Vaccination in Bombay 1869-1873 - 1869-1873
Year: 1869
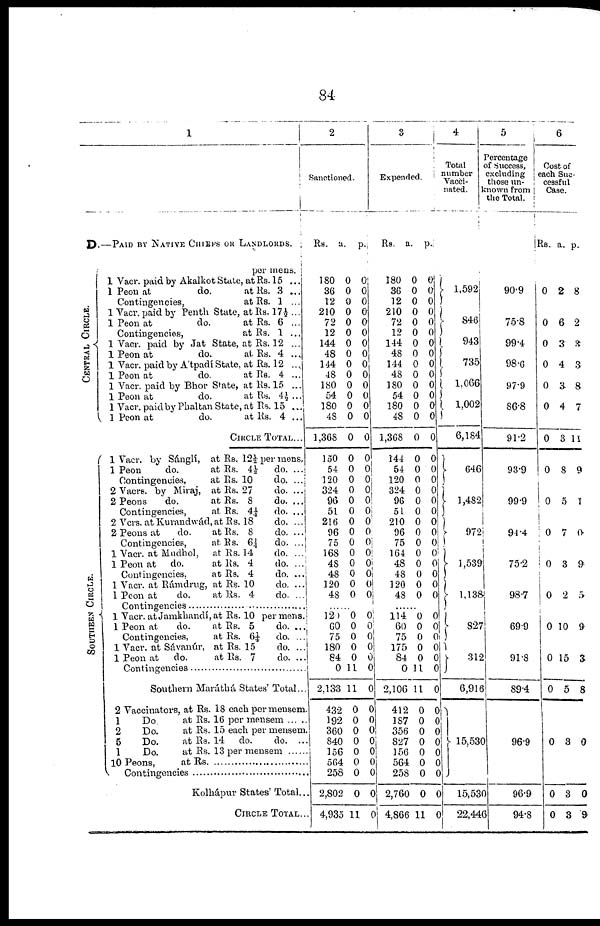
84
1
D.—PAID BY NATIVE CHIEFS OR LANDLORDS.
CENTRAL CIRCLE.
SOUTHERN CIRCLE.
1
1
1
1
1
1
1
1
1
1
1
1
1
1
2
2
2
2
1
1
1
1
1
1
1
1
2
1
2
5
1
10
per mens.
Vacr. paid by Akalkot State, at Rs. 15 ...
Peon at
do.
at Rs. 3 ...
Contingencies,
at Rs. 1 ...
Vacr. paid by Penth State, at Rs. 17½ ...
Peon at
do.
at Rs. 6 ...
Contingencies,
at Rs. 1 ...
Vacr. paid by Jat State, at Rs. 12 ...
Peon at
do.
at Rs. 4 ...
Vacr. paid by A'tpadí State, at Rs. 12
Peon at
do.
at Rs. 4 ...
Vacr. paid by Bhor State, at Rs. 15 ...
Peon at
do.
at Rs. 4½ ...
Vacr. paid by Phaltan State, at Rs. 15 ...
Peon at
do.
at Rs. 4 ...
CIRCLE TOTAL...
Vacr. by Sánglí, at Rs. 12½ per mens.
Peon
do.
at Rs. 4½
do. ...
Contingencies,
at Rs. 10
do. ...
Vacrs. by Miraj, at Rs. 27
do. ...
Peons
do.
at Rs. 8
do. ...
Contingencies,
at Rs. 4¼
do. ...
Vcrs. at Kurandwád, at Rs. 18
do. ...
Peons at
do.
at Rs. 8
do. ...
Contingencies,
at Rs. 6¼
do. ...
Vacr. at Mudhol,
at Rs. 14
do. ...
Peon at
do.
at Rs. 4
do. ...
Contingencies,
at Rs. 4
do. ...
Vacr. at Rámdrug, at Rs. 10
do. ...
Peon at
do.
at Rs. 4
do. ...
Contingencies ..........
Vacr. at Jamkhandí,at Rs. 10 per mens.
Peon at
do.
at Rs. 5
do. ...
Contingencies,
at Rs. 6¼
do. ...
Vacr. at Sávanúr, at Rs. 15
do. ...
Peon at
do.
at Rs. 7
do. ...
Contingencies ...................
Southern Maráthá States' Total...
Vaccinators, at Rs. 18 each per mensem.
Do
at Rs. 16 per mensem
Do.
at Rs. 15 each per mensem.
Do.
at Rs. 14
do.
do. ...
Do.
at Rs. 13 per mensem
Peons, at Rs. ................
Contingencies ...................
Kolhápur States' Total...
CIRCLE TOTAL...
2
Sanctioned.
Rs.
180
36
12
210
72
12
144
48
144
48
180
54
180
48
1,368
150
54
120
324
96
51
216
96
75
168
48
48
120
48
a.
0
0
0
0
0
0
0
0
0
0
0
0
0
0
0
0
0
0
0
0
0
0
0
0
0
0
0
0
0
p.
0
0
0
0
0
0
0
0
0
0
0
0
0
0
0
0
0
0
0 0
0 0
0
0
0
0
0
0
0
......
120
60
75
180
84
0
2,133
432
192
360
840
156
564
258
2,802
4,935
0
0
0
0
0
11
11
0
0
0
0
0
0
0
0
11
0
0
0
0
0
0
0
0
0
0
0
0
0
0
0
0
3
Expended.
Rs.
180
36
12
210
72
12
144
48
144
48
180
54
180
48
1,368
144
54
120
324
96
51
210
96
75
164
48
48
120
48
a.
0
0
0
0
0
0
0
0
0
0
0
0
0
0
0
0
0
0
0
0
0
0
0
0
0
0
0
0
0
p.
0
0
0
0
0
0
0
0
0
0
0
0
0
0
0
0
0
0
0
0
0
0
0
0
0
0
0
0
0
......
114
60
75
175
84
0
2,106
412
187
356
827
156
564
258
2,760
4,866
0
0
0
0
0
11
11
0
0
0
0
0
0
0
0
11
0
0
0
0
0
0
0
0
0
0
0
0
0
0
0
0
4
Total
number
Vacci-
nated.
1,592
846
943
735
1,066
1,002
6,184
646
1,482
972
1,539
1,138
827
312
6,916
15,530
15,530
22,446
5
Percentage
of Success,
excluding
those un¬
known from
the Total.
90.9
75.8
99.4
98.6
97.9
86.8
91.2
93.9
99.9
91.4
75.2
98.7
69.9
91.8
89.4
96.9
96.9
94.8
6
Cost of
each Suc-
cessful
Case.
Rs.
0
0
0
0
0
0
0
0
0
0
0
0
0
0
0
0
0
0
a.
2
6
3
4
3
4
3
8
5
7
3
2
10
15
5
3
3
3
p.
8
2
3
3
8
7
11
9
1
0
9
5
9
3
8
0
0
9